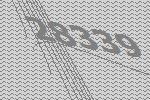
28339